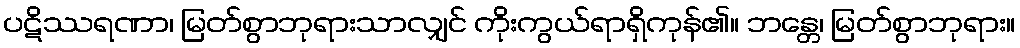
ပဋိဿရဏာ၊ မြတ်စွာဘုရားသာလျှင် ကိုးကွယ်ရာရှိကုန်၏။ ဘန္တေ၊ မြတ်စွာဘုရား။